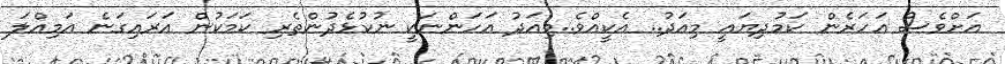
އަށްވެސް އަހަރެން ކަމުދިޔައީ މިއަދު.. އެކީއްވެ..މިއަދު އަހަންނަކީ ނުކުޅެދުންތެރި ކަމަކުން އަރައިގަނެ އަމިއްލަ